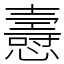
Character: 㦞